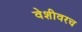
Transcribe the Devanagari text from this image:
वेशीवरच